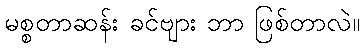
မစ္စတာဆန်း ခင်ဗျား ဘာ ဖြစ်တာလဲ။